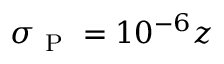
\sigma _ { \mathrm { ~ P ~ } } = 1 0 ^ { - 6 } z